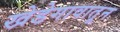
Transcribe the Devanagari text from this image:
खेडेगावातून